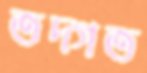
তদ্গত